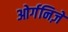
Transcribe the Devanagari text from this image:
ओर्गनिज़े